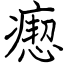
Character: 瘛